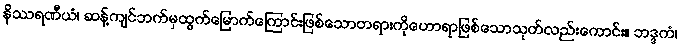
နိဿရဏီယံ၊ ဆန့်ကျင်ဘက်မှထွက်မြောက်ကြောင်းဖြစ်သောတရားကိုဟောရာဖြစ်သောသုတ်လည်းကောင်း။ ဘဒ္ဒကံ၊